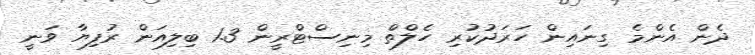
ދެން އެންމެ ގިނައިން ހަރަދުކުރި ހެލްތް މިނިސްޓްރީން 1.3 ބިލިއަން ރުފިޔާ ވަނީ